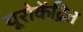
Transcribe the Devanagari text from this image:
यूरोकेंद्रित